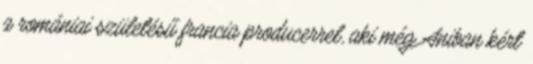
a romániai születésű francia producerrel, aki még Aniban kért